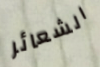
الشعائر